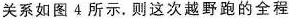
关系如图4所示。则这次越野跑的全程